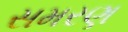
સમરણ